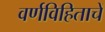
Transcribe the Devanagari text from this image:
वर्णविहिताचें